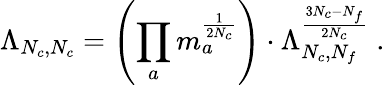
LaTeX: \Lambda_{N_{c},N_{c}}=\left(\prod_{a}m_{a}^{\frac 1{2N_{c}}}\right)\cdot\Lambda_{N_{c},N_{f}}^{\frac{3N_{c}-N_{f}}{2N_{c}}}\; .